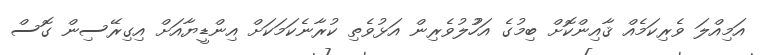
އަމިއްލަ ވެރިކަމެއް ޤާއިންކޮށް ބިމުގެ އަހުުލުވެރިން އަޅުވެތި ކުރާނެކަމަކަށް އިންޑީޔާއަށް އިގިރޭސިން ގޮސް